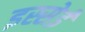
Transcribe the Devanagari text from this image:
इस्सेई